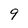
Character: 9